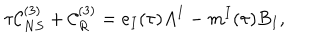
\tau { \cal C } _ { N S } ^ { ( 3 ) } + { \cal C } _ { R } ^ { ( 3 ) } = e _ { I } ( \tau ) A ^ { I } - m ^ { I } ( \tau ) B _ { I } ,